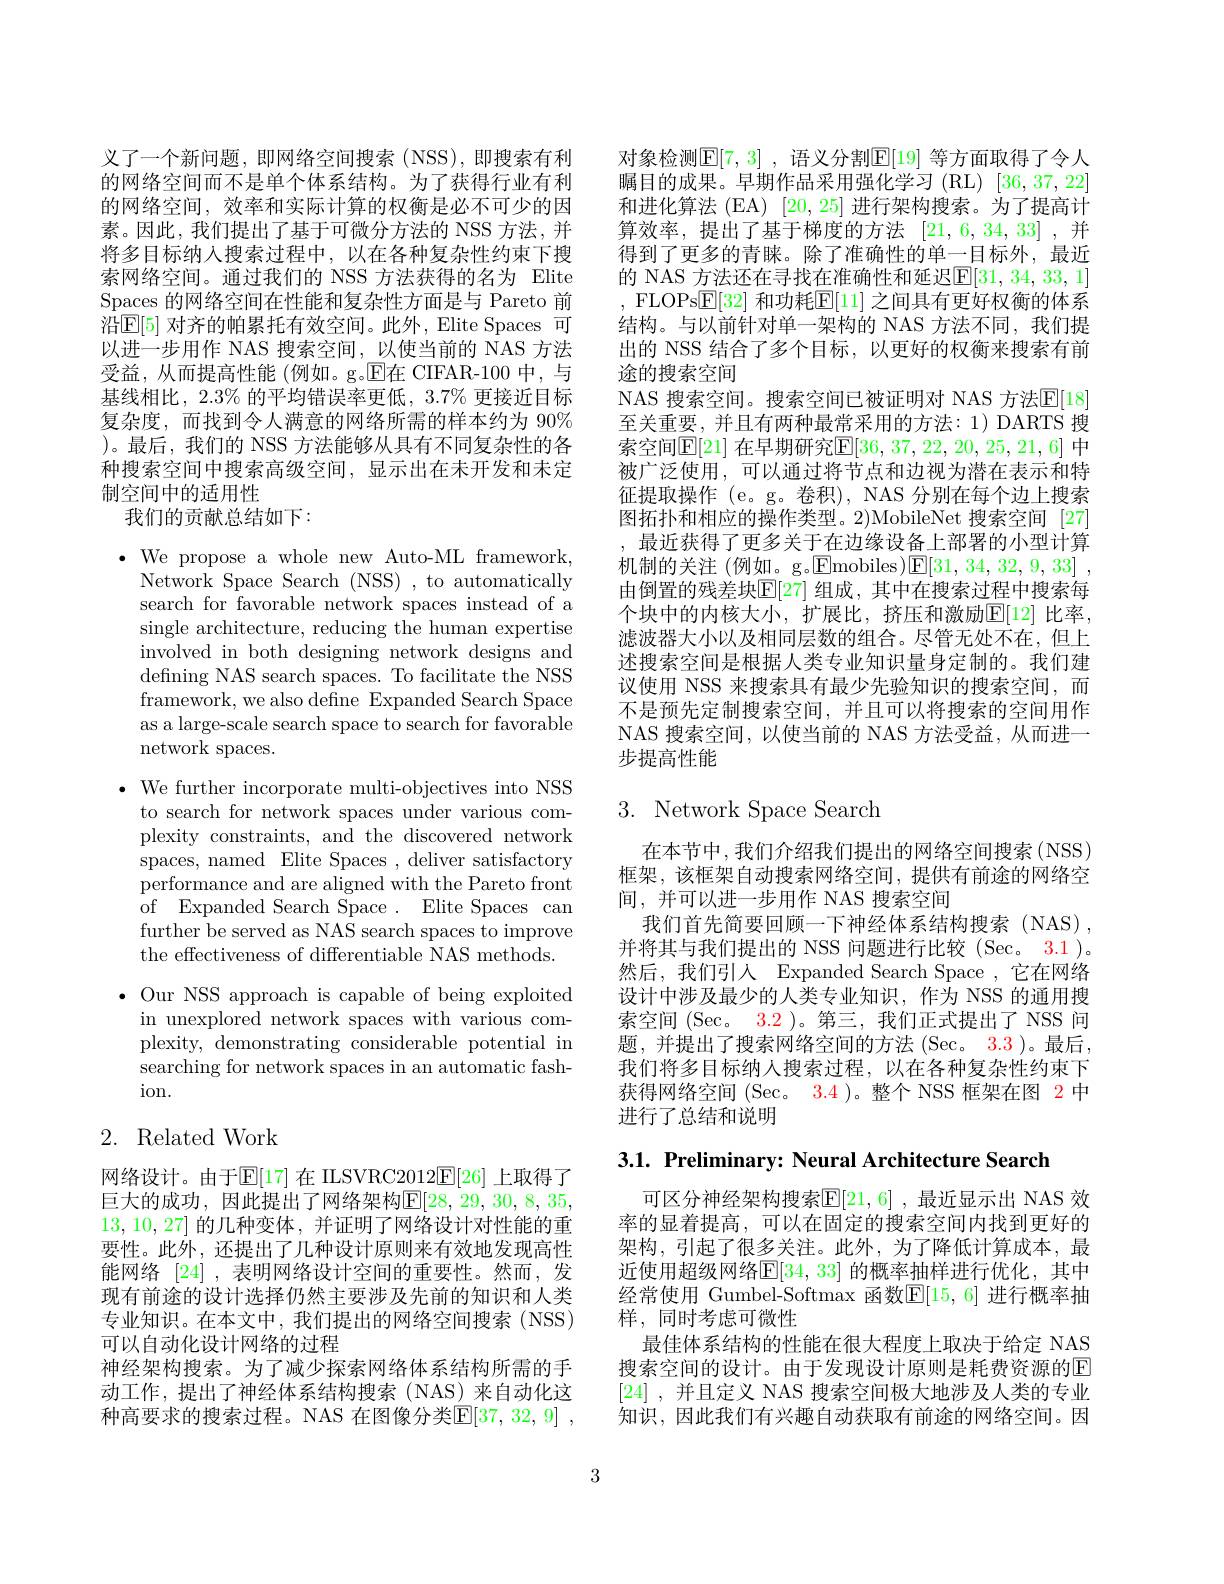
义了一个新问题，即网络空间搜索(NSS),即搜索有利的网络空间而不是单个体系结构。为了获得行业有利的网络空间，效率和实际计算的权衡是必不可少的因素。因此，我们提出了基于可微分方法的 NSS 方法，并将多目标纳人搜索过程中，以在各种复杂性约束下搜索网络空间。通过我们的 NSS 方法获得的名为 Elite Spaces 的网络空间在性能和复杂性方面是与 Pareto 前沿$\underline{\mathrm{E}}[5]$ 对齐的帕累托有效空间。此外，Elite Spaces 可以进一步用作 NAS 搜索空间，以使当前的 NAS 方法受益，从而提高性能 (例如。g。E在 CIFAR-100 中，与基线相比，2.3% 的平均错误率更低，3.7% 更接近目标复杂度，而找到令人满意的网络所需的样本约为 90% )。最后，我们的 NSS 方法能够从具有不同复杂性的各种搜索空间中搜索高级空间，显示出在未开发和未定制空间中的适用性
我们的贡献总结如下：

$\bullet$ We propose a whole new Auto-ML framework,
Network Space Search (NSS) , to automatically search for favorable network spaces instead of a single architecture, reducing the human expertise involved in both designing network designs and defining NAS search spaces. To facilitate the NSS framework, we also define Expanded Search Space as a large-scale search space to search for favorable network spaces.

$\bullet$ We further incorporate multi-objectives into NSS
to search for network spaces under various complexity constraints, and the discovered network spaces, named Elite Spaces , deliver satisfactory performance and are aligned with the Pareto front ${\mathrm{~of~Expanded~Search~Space~.~Elite~Spaces~can}}$ further be served as NAS search spaces to improve the effectiveness of differentiable NAS methods.

$\bullet$ Our NSS approach is capable of being exploited
in unexplored network spaces with various complexity, demonstrating considerable potential in searching for network spaces in an automatic fash- $\operatorname{ion}.$

# 2. Related Work

网络设计。由于$\mathbb{E}[17]$ 在 ILSVRC2012$\mathbb{E}[26]$ 上取得了巨大的成功，因此提出了网络架构E[28,29,30,8,35, 13,10,27]的几种变体，并证明了网络设计对性能的重要性。此外，还提出了几种设计原则来有效地发现高性能网络[24] ,表明网络设计空间的重要性。然而，发现有前途的设计选择仍然主要涉及先前的知识和人类专业知识。在本文中，我们提出的网络空间搜索(NSS) 可以自动化设计网络的过程
神经架构搜索。为了减少探索网络体系结构所需的手动工作，提出了神经体系结构搜索(NAS)来自动化这种高要求的搜索过程。NAS 在图像分类$\mathbb{E} [ 37, 32, 9]$ ,

对象检测$\mathbb{E}[7,3]$ ,语义分割$\mathbb{E}[19]$ 等方面取得了令人瞩目的成果。早期作品采用强化学习(RL)[36,37,22] 和进化算法 (EA) [20,25] 进行架构搜索。为了提高计算效率，提出了基于梯度的方法[21,6,34,33] ,并得到了更多的青睐。除了准确性的单一目标外，最近的 NAS 方法还在寻找在准确性和延迟[31,34,33,1] , FLOPs$\boxed{\mathrm{E}}[32]$ 和功耗$\boxed[11]$ 之间具有更好权衡的体系结构。与以前针对单一架构的 NAS 方法不同，我们提出的 NSS 结合了多个目标，以更好的权衡来搜索有前途的搜索空间
NAS 搜索空间。搜索空间已被证明对 NAS 方法$\mathbb{E}[18]$ 至关重要，并且有两种最常采用的方法：1)DARTS 搜索空间$\mathbb{E}[$21] 在早期研究$\mathbb{E}[36,37,22,20,25,21,6]$ 中被广泛使用，可以通过将节点和边视为潜在表示和特征提取操作 (e。g。卷积), NAS 分别在每个边上搜索图拓扑和相应的操作类型。2)MobileNet 搜索空间 [27] ,最近获得了更多关于在边缘设备上部署的小型计算机制的关注 (例如。g。$\boxed{\mathrm{F}}$mobiles)$\boxed{\mathrm{E} }[ 31, 34, 32, 9, 33]$ , 由倒置的残差块$\mathbb{E}[27]$ 组成，其中在搜索过程中搜索每个块中的内核大小，扩展比，挤压和激励$\operatorname{E}[12]$ 比率， 滤波器大小以及相同层数的组合。尽管无处不在，但上述搜索空间是根据人类专业知识量身定制的。我们建议使用 NSS 来搜索具有最少先验知识的搜索空间，而不是预先定制搜索空间，并且可以将搜索的空间用作NAS 搜索空间，以使当前的 NAS 方法受益，从而进一步提高性能

# 3. Network Space Search

在本节中，我们介绍我们提出的网络空间搜索(NSS) 框架，该框架自动搜索网络空间，提供有前途的网络空间，并可以进一步用作 NAS 搜索空间
我们首先简要回顾一下神经体系结构搜索(NAS) , 并将其与我们提出的 NSS 问题进行比较 (Sec。3.1)。然后，我们引人 Expanded Search Space ,它在网络设计中涉及最少的人类专业知识，作为 NSS 的通用搜索空间(Sec。3.2 )。第三，我们正式提出了 NSS 问题，并提出了搜索网络空间的方法 (Sec。3.3 )。最后， 我们将多目标纳人搜索过程，以在各种复杂性约束下获得网络空间(Sec。3.4 )。整个 NSS 框架在图 2 中进行了总结和说明

3.1. Preliminary: Neural Architecture Search

可区分神经架构搜索$\overline{\mathbb{E}}[21,6]$ ,最近显示出 NAS 效率的显着提高，可以在固定的搜索空间内找到更好的架构，引起了很多关注。此外，为了降低计算成本，最近使用超级网络$\mathbb{E}[34,33]$ 的概率抽样进行优化，其中经常使用 Gumbel-Softmax 函数$\mathbb{E}[15,6]$ 进行概率抽样，同时考虑可微性
最佳体系结构的性能在很大程度上取决于给定 NAS 搜索空间的设计。由于发现设计原则是耗费资源的$\overline{\mathrm{E}}$ [24] ,并且定义 NAS 搜索空间极大地涉及人类的专业知识，因此我们有兴趣自动获取有前途的网络空间。因

3